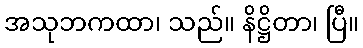
အသုဘကထာ၊ သည်။ နိဋ္ဌိတာ၊ ပြီ။